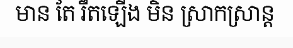
មាន តែ រឹតឡើង មិន ស្រាកស្រាន្ត